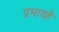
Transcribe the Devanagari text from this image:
प्रभावहै